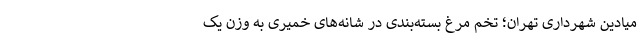
میادین شهرداری تهران؛ تخم مرغ بسته‌بندی در شانه‌های خمیری به وزن یک